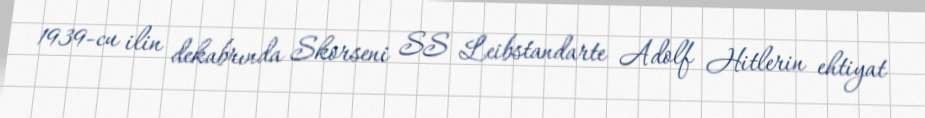
1939-cu ilin dekabrında Skorseni SS Leibstandarte Adolf Hitlerin ehtiyat